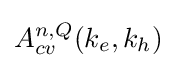
A_{cv}^{n,Q}(k_{e},k_{h})